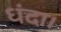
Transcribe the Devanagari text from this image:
धंदा।